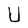
Character: U